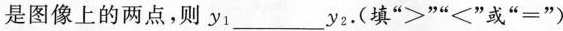
图像上的两点，则y_{1}____y_{2}。(填”>””<”或”=”)